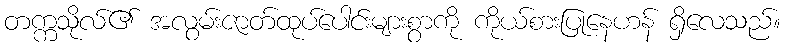
တက္ကသိုလ်၏ အလွမ်းဇာတ်ထုပ်ပေါင်းများစွာကို ကိုယ်စားပြုနေဟန် ရှိလေသည်။